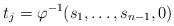
LaTeX: \begin{align*}t_j=\varphi^{-1}(s_1,\dots,s_{n-1},0)\end{align*}